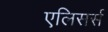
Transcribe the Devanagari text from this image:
एलिसर्स